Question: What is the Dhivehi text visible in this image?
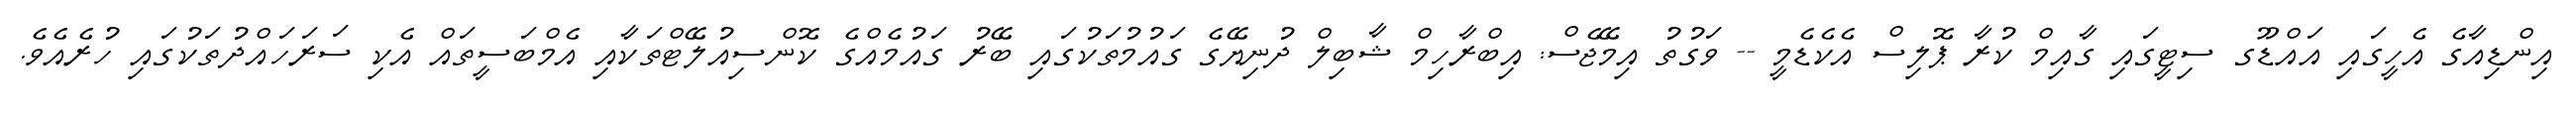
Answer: އިންޑިއާގެ އެހީގައި އައްޑޫގ ސިޓީގައި ގާއިމް ކުރާ ޕޮލިސް އެކެޑެމީ -- ވަގުތު އިމޭޖެސް: އިބްރާހިމް ޝާބިލް ދުނިޔޭގެ ގައުމުތަކުގައި ބޭރު ގައުމެއްގެ ކޮންސިއުލޭޓްތަކާއި އެމްބަސީތައް އެކި ސަރަހައްދުތަކުގައި ހުރެއެވެ.